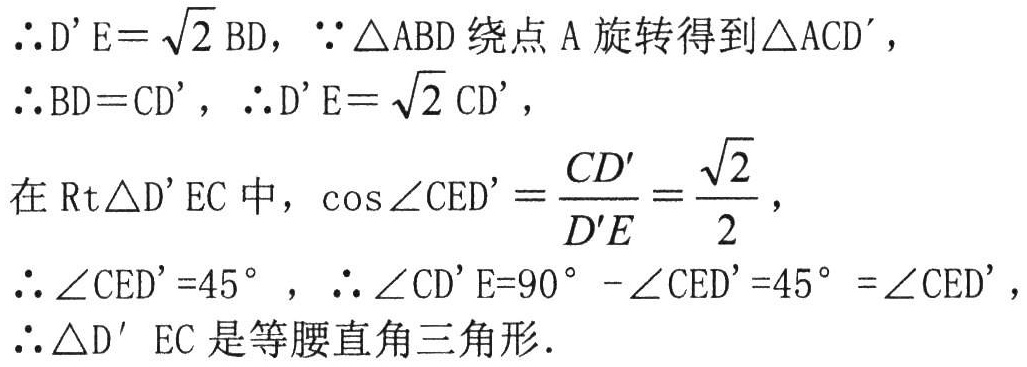
\(\therefore D'E=\sqrt{2}BD\)，\(\because\triangle ABD\)绕点\(A\)旋转得到\(\triangle ACD'\)，
\(\therefore BD = CD'\)，\(\therefore D'E=\sqrt{2}CD'\)，
在\(\text{Rt}\triangle D'EC\)中，\(\cos\angle CED'=\frac{CD'}{D'E}=\frac{\sqrt{2}}{2}\)，
\(\therefore\angle CED' = 45^{\circ}\)，\(\therefore\angle CD'E = 90^{\circ}-\angle CED' = 45^{\circ}=\angle CED'\)，
\(\therefore\triangle D'\ EC\)是等腰直角三角形.